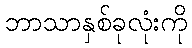
ဘာသာနှစ်ခုလုံးကို